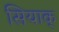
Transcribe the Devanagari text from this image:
सियाक्